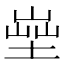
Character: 𡎨